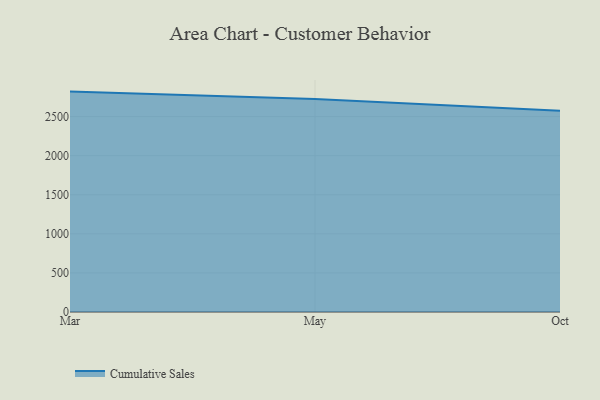
{"axis": {"x": "Month", "y": "Population (Million)"}, "legend": ["Cumulative Sales"], "data": [{"x": "Mar", "y": 2820.2, "type": "Cumulative Sales"}, {"x": "May", "y": 2724.7, "type": "Cumulative Sales"}, {"x": "Oct", "y": 2574.5, "type": "Cumulative Sales"}]}